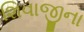
શિવાજીના